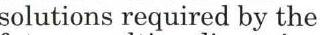
solutions required by the